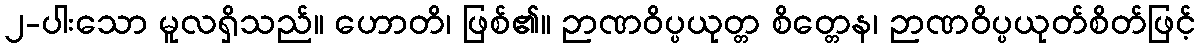
၂-ပါးသော မူလရှိသည်။ ဟောတိ၊ ဖြစ်၏။ ဉာဏဝိပ္ပယုတ္တ စိတ္တေန၊ ဉာဏဝိပ္ပယုတ်စိတ်ဖြင့်